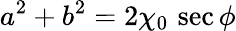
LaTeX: a^{2}+b^{2}=2\chi_{0}\, \sec\phi